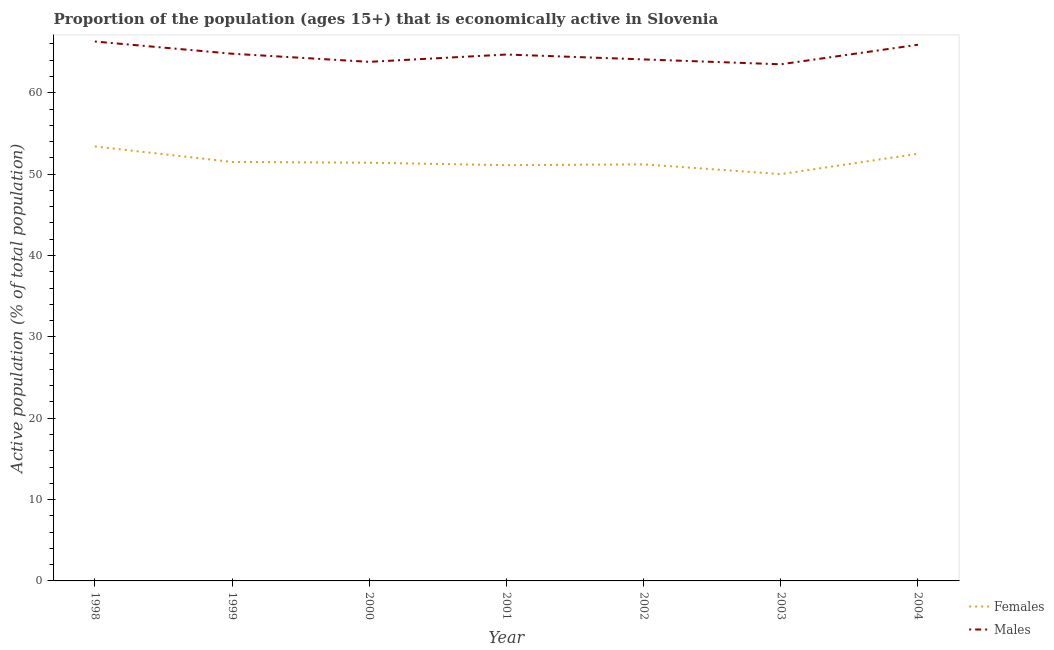
| Year | Females | Males |
 | --- | --- | --- |
 | 1998 | 53.4 | 66.3 |
 | 1999 | 51.5 | 64.8 |
 | 2000 | 51.4 | 63.8 |
 | 2001 | 51.1 | 64.7 |
 | 2002 | 51.2 | 64.1 |
 | 2003 | 50 | 63.5 |
 | 2004 | 52.5 | 65.9 |